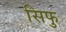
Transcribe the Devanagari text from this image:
सिफु